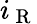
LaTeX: i_{\mathrm{~R~}}